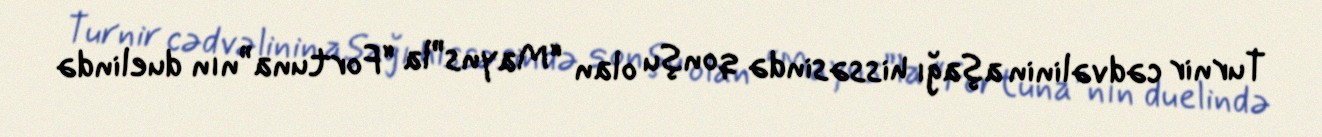
Turnir cədvəlinin aşağı hissəsində qonşu olan “Mayns”la “Fortuna”nın duelində